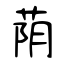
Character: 荫